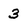
Character: 3